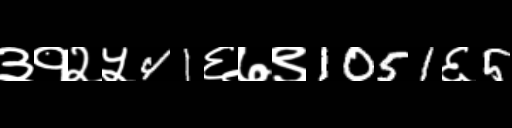
Text: ३१२५41६७९1051६5